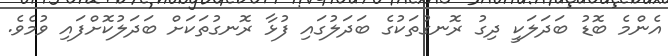
އެންމެ ބޮޑު ބަދަލަކީ ދިގު ރޮނގުތަކުގެ ބަދަލުގައި ފުޅާ ރޮނގުތަކަށް ބަދަލުކޮށްފައި ވުމެވެ.